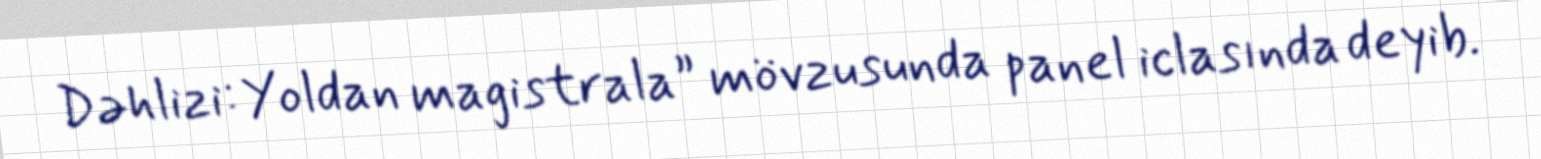
Dəhlizi: Yoldan magistrala” mövzusunda panel iclasında deyib.